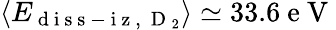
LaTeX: \left\langle E_{\mathrm{~d~i~s~s~-~i~z~,~}\mathrm{~D~}_{2}}\right\rangle\simeq 33.6\mathrm{~e~V~}